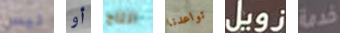
ليس أو انتاج تواعدنا زويل خدمة